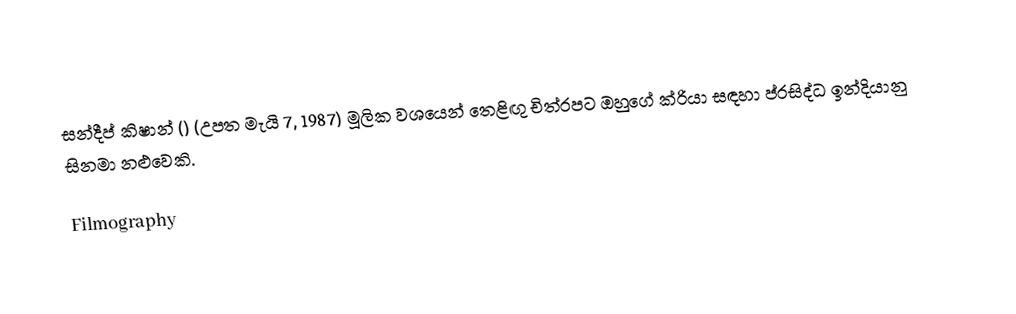
සන්දීප් කිෂාන්  ()  (උපත මැයි 7, 1987) මූලික වශයෙන් තෙළිඟු චිත්රපට ඔහුගේ ක්රියා සඳහා ප්රසිද්ධ ඉන්දියානු සිනමා නළුවෙකි.

Filmography